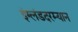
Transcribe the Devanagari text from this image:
इंग्लंडदरम्यान